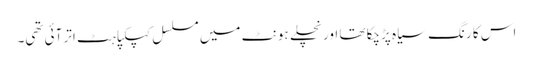
اس کا رنگ سیاہ پڑچکا تھا اور نچلے ہونٹ میں مسلسل کپکپاہٹ اتر آئی تھی۔